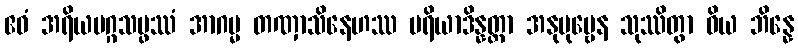
ဧဝံ အရိယမဂ္ဂသမ္ဖဿံ အာဂမ္မ တဏှာသိနေဟဿ ပရိယာဒိန္နတ္တာ အနုပုဗ္ဗေန သုဿိတွာ ဝိယ ဘိန္နေ